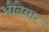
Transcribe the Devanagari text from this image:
औवैयार